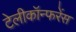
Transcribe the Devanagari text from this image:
टेलीकॉन्फरेंस